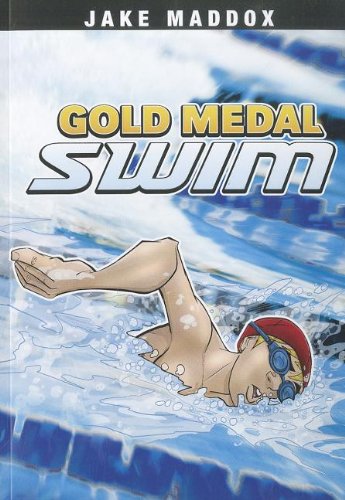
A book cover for Gold Medal Swim (Jake Maddox Sports Stories); Jake Maddox; Children's Books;